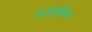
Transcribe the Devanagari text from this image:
मॉरफिन